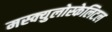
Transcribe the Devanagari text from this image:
मस्क्युलोस्केलिटल